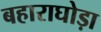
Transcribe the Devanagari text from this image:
बहाराघोड़ा